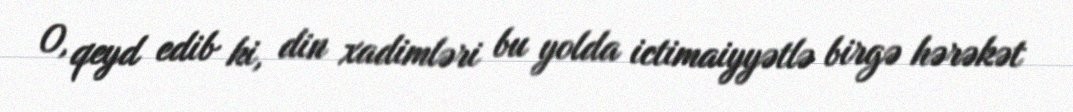
O, qeyd edib ki, din xadimləri bu yolda ictimaiyyətlə birgə hərəkət